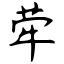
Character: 荦